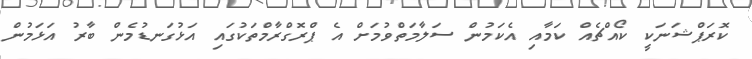
ކޮރަޕްޝަނަކީ ކޯއްޗެއް ކަމާއި އެކަމުން ސަލާމަތްވުމަށް އެ ޕްރޮގްރާމްތަކުގައި އަޅުގަނޑުމެން ބާރު އަޅަމުން